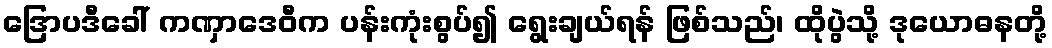
ဒြောပဒီခေါ် ကဏှာဒေဝီက ပန်းကုံးစွပ်၍ ရွေးချယ်ရန် ဖြစ်သည်၊ ထိုပွဲသို့ ဒုယောဓနတို့